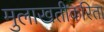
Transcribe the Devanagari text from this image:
मुलाखतीकरिता